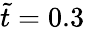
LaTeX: \tilde{t}=0.3